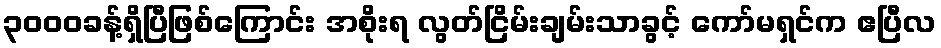
၃၀၀၀ခန့်ရှိပြီဖြစ်ကြောင်း အစိုးရ လွတ်ငြိမ်းချမ်းသာခွင့် ကော်မရှင်က ဧပြီလ